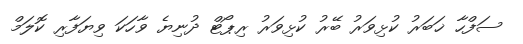
ސަފްހާ ޚަބަރު ކުޅިވަރު ބޭރު ކުޅިވަރު ރިޕޯޓް ދުނިޔެ ވާހަކަ ވިޔަފާރި ކޮލަމް